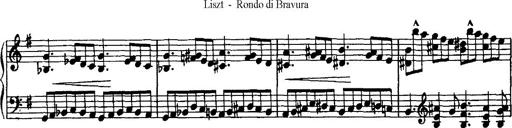
Title: Rondo di bravura
Composer: Franz Liszt